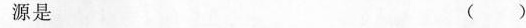
源是( )